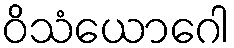
ဝိသံယောဂေါ